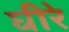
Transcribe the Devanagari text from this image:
घीरे